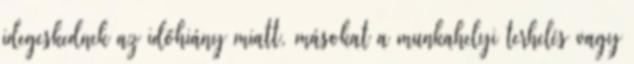
idegeskednek az időhiány miatt, másokat a munkahelyi terhelés vagy